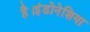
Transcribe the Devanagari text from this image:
है।इंडोनेशिया